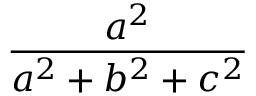
\frac { a ^ { 2 } } { a ^ { 2 } + b ^ { 2 } + c ^ { 2 } }